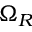
\Omega _ { R }